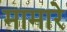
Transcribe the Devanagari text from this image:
मामारे